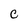
Character: C